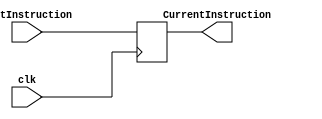
`timescale 1ns / 1ps
//////////////////////////////////////////////////////////////////////////////////
// Company: 
// Engineer: 
// 
// Design Name: 
// Module Name: ProgramCounter
// Project Name: 
// Target Devices: 
// Tool Versions: 
// Description: 
// 
// Dependencies: 
// 
// Revision:
// Revision 0.01 - File Created
// Additional Comments:
// 
//////////////////////////////////////////////////////////////////////////////////

module ProgramCounter(
    input [31:0] NextInstruction,
    input clk,
    output reg [31:0] CurrentInstruction
    );
    initial 
        begin
            CurrentInstruction =32'h00400000 ;
        end
    always @(posedge clk)
        CurrentInstruction =  NextInstruction;
    
endmodule